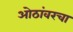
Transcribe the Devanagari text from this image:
ओठांवरचा